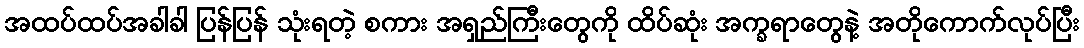
အထပ်ထပ်အခါခါ ပြန်ပြန် သုံးရတဲ့ စကား အရှည်ကြီးတွေကို ထိပ်ဆုံး အက္ခရာတွေနဲ့ အတိုကောက်လုပ်ပြီး